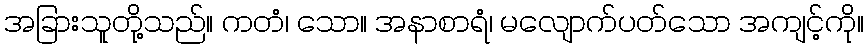
အခြားသူတို့သည်။ ကတံ၊ သော။ အနာစာရံ၊ မလျောက်ပတ်သော အကျင့်ကို။